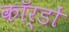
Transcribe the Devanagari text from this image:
कॉर्डों